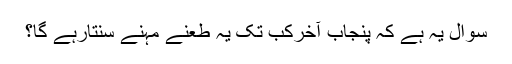
سوال یہ ہے کہ پنجاب آخرکب تک یہ طعنے مہنے سنتارہے گا؟